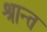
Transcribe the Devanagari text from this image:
श्रान्त